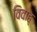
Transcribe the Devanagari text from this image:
विवाह्